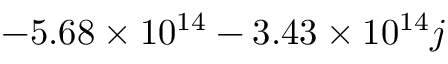
- 5 . 6 8 \times 1 0 ^ { 1 4 } - 3 . 4 3 \times 1 0 ^ { 1 4 } j